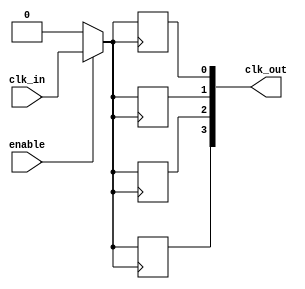
module ClockTreeBuffer (
    input wire clk_in,        // Primary clock input
    input wire enable,        // Enable control signal
    output wire [N-1:0] clk_out // Clock outputs (N outputs)
);
    // Parameter for number of outputs
    parameter N = 4; // Number of clock outputs
    parameter BUFFER_DELAY = 1; // Delay of buffer in time units

    // Internal signals for buffering
    reg [N-1:0] clk_buff;

    // Generate clock gating logic
    wire gated_clk;
    
    // Clock gating implementation
    assign gated_clk = enable ? clk_in : 1'b0;

    // Buffering stages
    generate
        genvar i;
        for (i = 0; i < N; i = i + 1) begin : buffer_stage
            // Buffering with delay
            always @(posedge gated_clk) begin
                #BUFFER_DELAY clk_buff[i] <= gated_clk;
            end
        end
    endgenerate

    // Assign to output
    assign clk_out = clk_buff;

endmodule